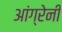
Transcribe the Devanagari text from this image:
आंग्रेनी